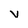
Character: v